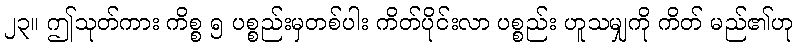
၂၃။ ဤသုတ်ကား ကိစ္စ ၅ ပစ္စည်းမှတစ်ပါး ကိတ်ပိုင်းလာ ပစ္စည်း ဟူသမျှကို ကိတ် မည်၏ဟု